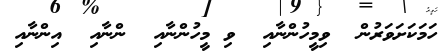
ހަމަަކަށަވަރުން  ވިމީހުންނާއި  ވި މީހުންނާއި  ންނާއި  އިންނާއި